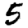
Digit: 5